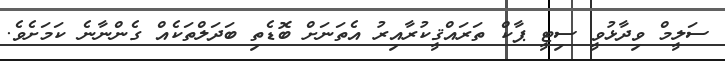
ސަލީމް ވިދާޅުވީ ސިޓީ ޕާކް ތަރައްޤީކުރާއިރު އެތަނަށް ބޮޑެތި ބަދަލްތަކެއް ގެންނާނެ ކަމަށެވެ.